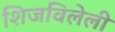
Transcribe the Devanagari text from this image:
शिजविलेली